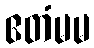
ဧတံမမ